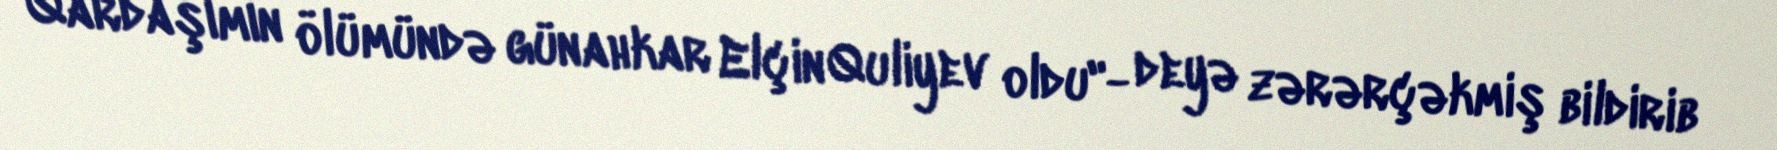
Qardaşımın ölümündə günahkar Elçin Quliyev oldu"- deyə zərərçəkmiş bildirib